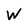
Character: W